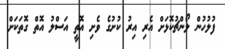
ފުލުހުން ލޯންޗުކޮޅަށް އެރި އިރު ކުށުގެ ވެށި އޮތީ އަސްލު އޮތް ގޮތަކަށް